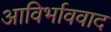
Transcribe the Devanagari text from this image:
आविर्भाववाद